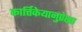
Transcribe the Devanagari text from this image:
कार्त्तिकेयानुप्रेक्षा